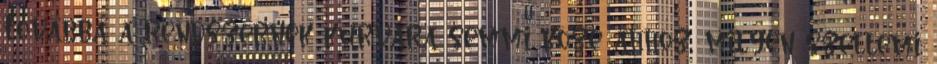
Továbbá a rendszernek kurvára semmi köze ahhoz, milyen szellemi